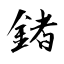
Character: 鍺